Triennial report on the lunatic asylums in the province of Eastern Bengal and Assam - 1903-1911
Year: 1903
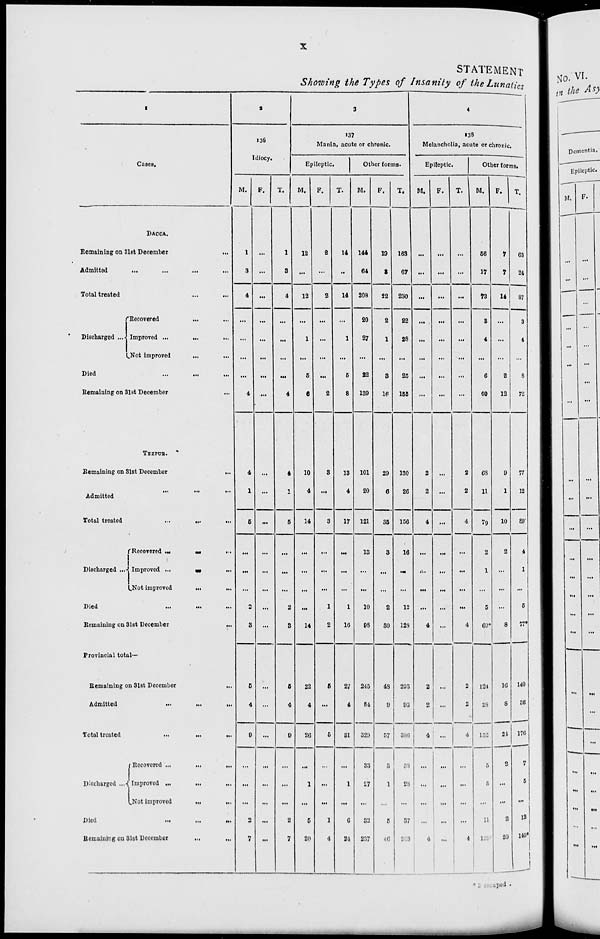
x
STATEMENT
Showing the Types of Insanity of the Lunatics
1
Cases.
DACCA.
Remaining on 31st December
...
Admitted
...
...
...
Total treated
...
...
Discharged ...
Recovered
...
...
Improved
...
...
...
Not improved
... ...
Died
...
...
...
Remaining on 31st December ...
TEZPUR.
Remaining on 31st December
...
Admitted ... ... ...
Total treated
...
...
...
Discharged ...
Recovered ... ... ...
Improved
...
...
...
Not improved ... ...
Died
...
...
...
Remaining on 31st December
...
Provincial total—
Remaining on 31st December
...
Admitted
...
...
...
Total treated
...
...
...
Discharged ...
Recovered ...
...
...
Improved ...
...
...
Not improved
...
...
Died
...
...
...
Remaining on 31st December
...
...
2
136
Idiocy.
M.
1
3
4
...
...
...
...
4
4
1
5
...
...
...
2
3
5
4
9
...
...
...
2
7
F.
...
...
...
...
...
...
...
...
...
...
...
...
...
...
...
...
...
...
...
...
...
...
...
...
T.
1
3
4
...
...
...
...
4
4
1
5
...
...
...
2
3
5
4
9
...
...
...
2
7
3
137
Mania, acute or chronic.
Epileptic.
M.
12
...
12
...
1
...
5
6
10
4
14
...
...
...
...
14
22
4
26
...
1
...
5
20
F.
2
...
2
...
...
...
...
2
3
...
3
...
...
...
1
2
5
...
5
...
...
...
1
4
T.
14
...
14
...
1
...
5
8
13
4
17
...
...
...
1
16
27
4
31
...
1
...
6
24
Other forms.
M.
144
64
208
20
27
...
22
139
101
20
121
13
...
...
10
98
245
84
329
33
27
...
32
237
F.
19
3
22
2
1
...
3
16
29
6
35
3
...
...
2
30
48
9
57
5
1
...
5
46
T.
163
67
230
22
28
...
25
155
130
26
156
16
...
...
12
128
293
93
386
38
28
...
37
283
4
138
Melancholia, acute or chronic.
Epileptic.
M.
...
...
...
...
...
...
...
...
2
2
4
...
...
...
...
4
2
2
4
...
...
...
...
4
F.
...
...
...
...
...
...
...
...
...
...
...
...
...
...
...
...
...
...
...
...
...
...
...
...
T.
...
...
...
...
...
...
...
...
2
2
4
...
...
...
...
4
2
2
4
...
...
...
...
4
Other forms.
M.
56
17
73
3
4
...
6
60
68
11
79
2
1
...
5
69*
124
28
152
5
5
...
11
129
F.
7
7
14
...
...
...
2
12
9
1
10
2
...
...
...
8
16
8
24
2
...
...
2
20
T.
63
24
87
3
4
...
8
72
77
12
89
4
1
...
5
77*
140
36
176
7
5
...
13
149*
* 2 escaped.